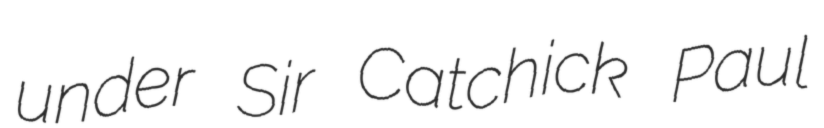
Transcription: under Sir Catchick Paul